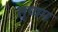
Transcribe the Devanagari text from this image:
तृणम